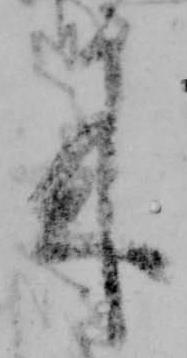
来